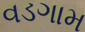
વડગામ